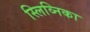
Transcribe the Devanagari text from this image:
स्लिव्निका